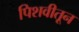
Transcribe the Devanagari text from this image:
पिशवीतून